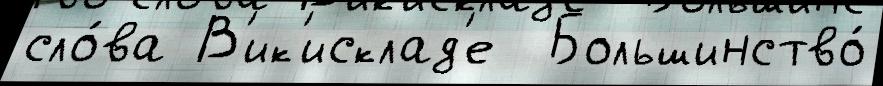
сло́ва В'ик'исклад'е  Большинство́